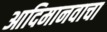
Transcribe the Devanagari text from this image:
आदिमानवाचा